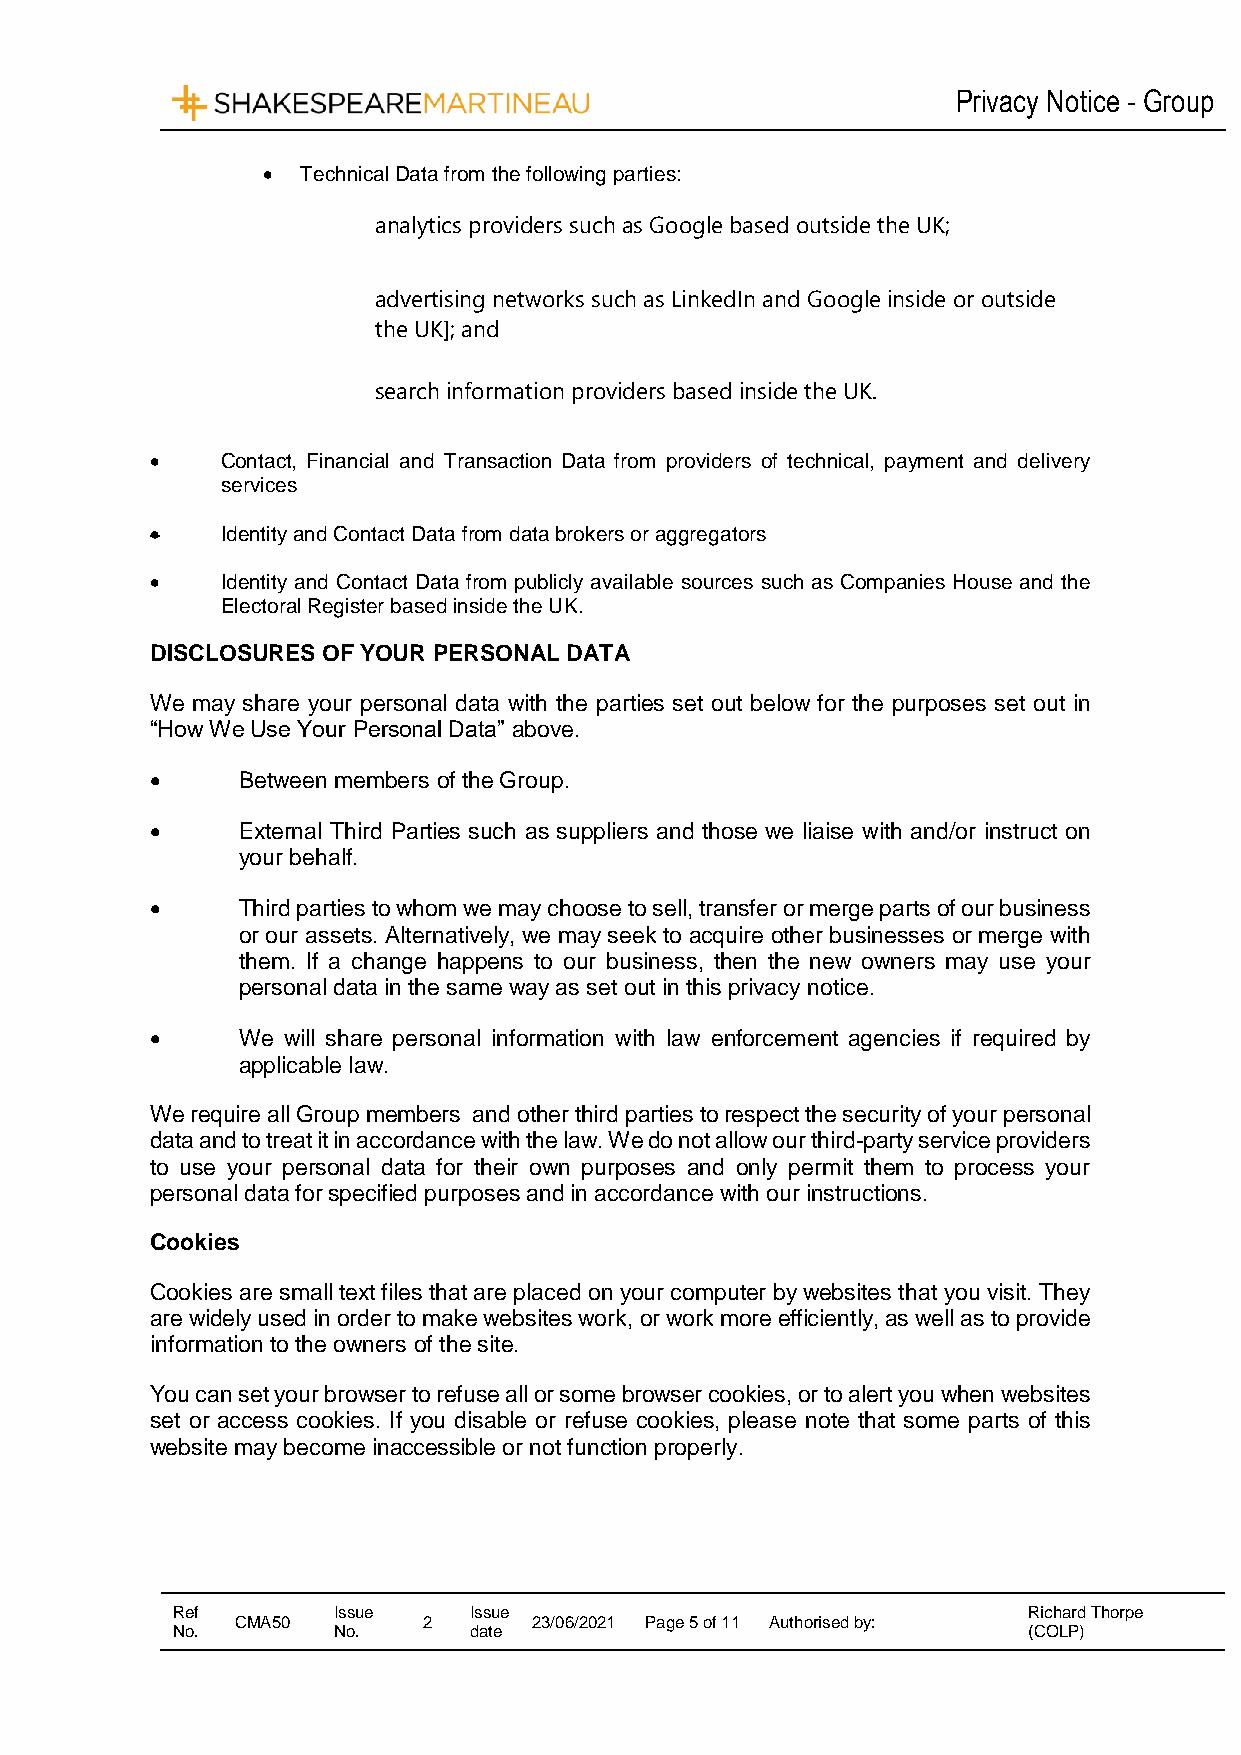
Privacy Notice - Group
   Technical Data from the following parties:
 analytics providers such as Google based outside the UK;
 advertising networks such as LinkedIn and Google inside or outside
 the UK]; and
 search information providers based inside the UK.
     Contact, Financial and Transaction Data from providers of technical, payment and delivery
 services
     Identity and Contact Data from data brokers or aggregators
     Identity and Contact Data from publicly available sources such as Companies House and the
 Electoral Register based inside the UK.
 DISCLOSURES OF YOUR PERSONAL DATA
 We may share your personal data with the parties set out below for the purposes set out in
 “How We Use Your Personal Data” above.
      Between members of the Group.
      External Third Parties such as suppliers and those we liaise with and/or instruct on
 your behalf.
      Third parties to whom we may choose to sell, transfer or merge parts of our business
 or our assets. Alternatively, we may seek to acquire other businesses or merge with
 them. If a change happens to our business, then the new owners may use your
 personal data in the same way as set out in this privacy notice.
      We will share personal information with law enforcement agencies if required by
 applicable law.
 We require all Group members and other third parties to respect the security of your personal
 data and to treat it in accordance with the law. We do not allow our third-party service providers
 to use your personal data for their own purposes and only permit them to process your
 personal data for specified purposes and in accordance with our instructions.
 Cookies
 Cookies are small text files that are placed on your computer by websites that you visit. They
 are widely used in order to make websites work, or work more efficiently, as well as to provide
 information to the owners of the site.
 You can set your browser to refuse all or some browser cookies, or to alert you when websites
 set or access cookies. If you disable or refuse cookies, please note that some parts of this
 website may become inaccessible or not function properly.
 Ref        Issue    Issue                                Richard Thorpe
 CMA50       2      23/06/2021 Page 5 of 11 Authorised by:
 No.        No.      date                                 (COLP)